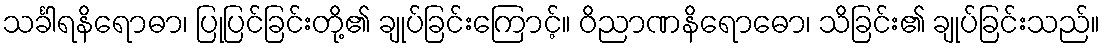
သင်္ခါရနိရောဓာ၊ ပြုပြင်ခြင်းတို့၏ ချုပ်ခြင်းကြောင့်။ ဝိညာဏနိရောဓော၊ သိခြင်း၏ ချုပ်ခြင်းသည်။